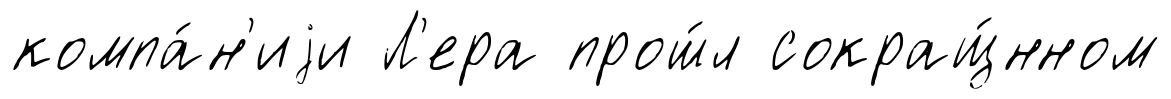
компа́н'иjи Л'ера прош́л сокращ́нном